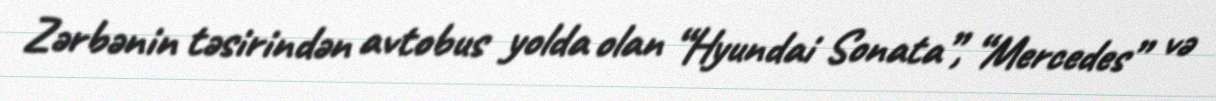
Zərbənin təsirindən avtobus yolda olan “Hyundai Sonata”, “Mercedes” və